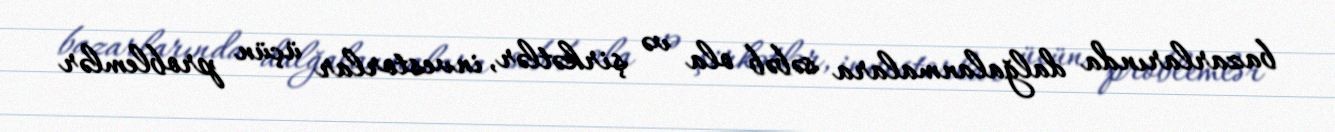
bazarlarında dalğalanmalara səbəb ola və şirkətlər, investorlar üçün problemlər